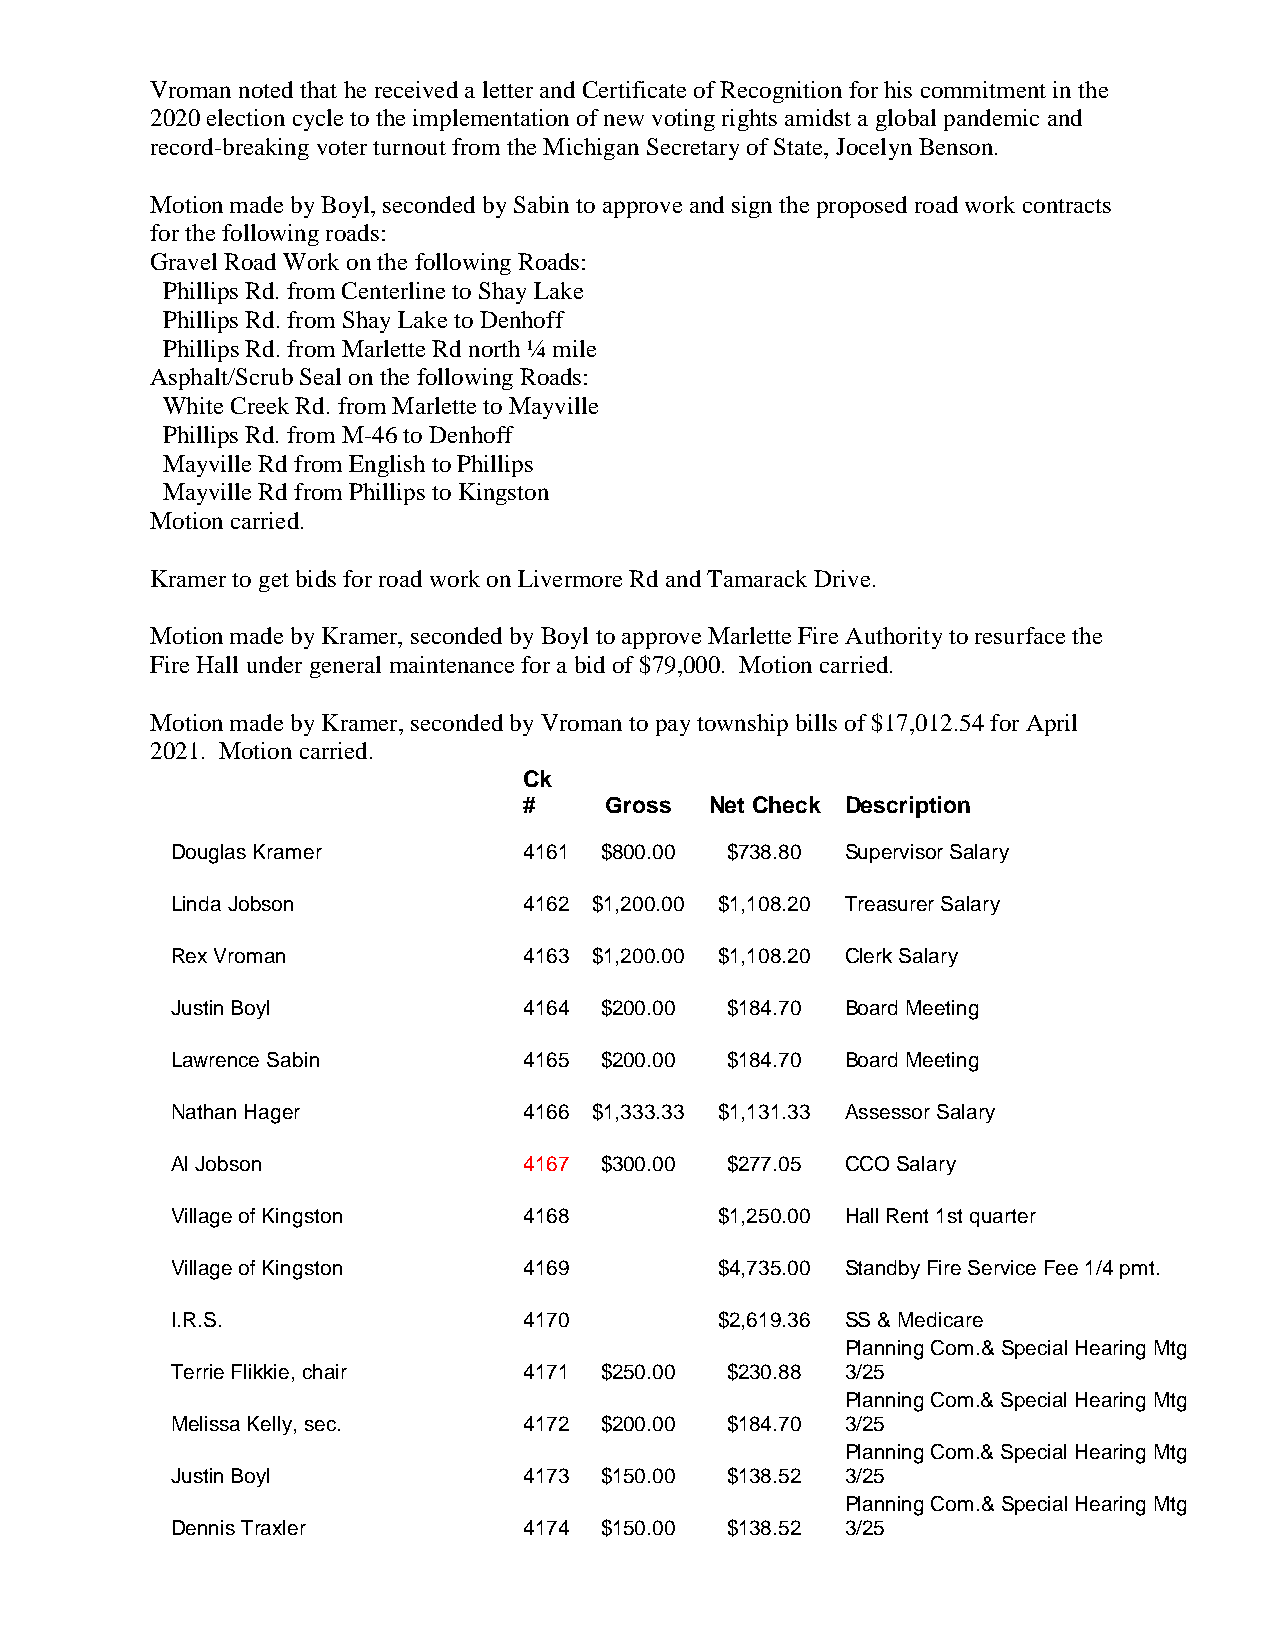
Vroman noted that he received a letter and Certificate of Recognition for his commitment in the
 2020 election cycle to the implementation of new voting rights amidst a global pandemic and
 record-breaking voter turnout from the Michigan Secretary of State, Jocelyn Benson.
 Motion made by Boyl, seconded by Sabin to approve and sign the proposed road work contracts
 for the following roads:
 Gravel Road Work on the following Roads:
 Phillips Rd. from Centerline to Shay Lake
 Phillips Rd. from Shay Lake to Denhoff
 Phillips Rd. from Marlette Rd north ¼ mile
 Asphalt/Scrub Seal on the following Roads:
 White Creek Rd. from Marlette to Mayville
 Phillips Rd. from M-46 to Denhoff
 Mayville Rd from English to Phillips
 Mayville Rd from Phillips to Kingston
 Motion carried.
 Kramer to get bids for road work on Livermore Rd and Tamarack Drive.
 Motion made by Kramer, seconded by Boyl to approve Marlette Fire Authority to resurface the
 Fire Hall under general maintenance for a bid of $79,000. Motion carried.
 Motion made by Kramer, seconded by Vroman to pay township bills of $17,012.54 for April
 2021. Motion carried.
 Ck
 #    Gross  Net Check Description
 Douglas Kramer          4161 $800.00 $738.80 Supervisor Salary
 Linda Jobson            4162 $1,200.00 $1,108.20 Treasurer Salary
 Rex Vroman              4163 $1,200.00 $1,108.20 Clerk Salary
 Justin Boyl             4164 $200.00 $184.70 Board Meeting
 Lawrence Sabin          4165 $200.00 $184.70 Board Meeting
 Nathan Hager            4166 $1,333.33 $1,131.33 Assessor Salary
 Al Jobson               4167 $300.00 $277.05 CCO Salary
 Village of Kingston     4168         $1,250.00 Hall Rent 1st quarter
 Village of Kingston     4169         $4,735.00 Standby Fire Service Fee 1/4 pmt.
 I.R.S.                  4170         $2,619.36 SS & Medicare
 Planning Com.& Special Hearing Mtg
 Terrie Flikkie, chair   4171 $250.00 $230.88 3/25
 Planning Com.& Special Hearing Mtg
 Melissa Kelly, sec.     4172 $200.00 $184.70 3/25
 Planning Com.& Special Hearing Mtg
 Justin Boyl             4173 $150.00 $138.52 3/25
 Planning Com.& Special Hearing Mtg
 Dennis Traxler          4174 $150.00 $138.52 3/25